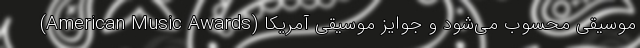
موسیقی محسوب می‌شود و جوایز موسیقی آمریکا (American Music Awards)